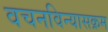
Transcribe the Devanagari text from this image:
वचनविन्यासक्रम